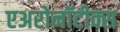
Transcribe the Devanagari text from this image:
एअरोनॉटीक्स